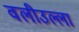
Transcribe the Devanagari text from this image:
वलीउल्ला